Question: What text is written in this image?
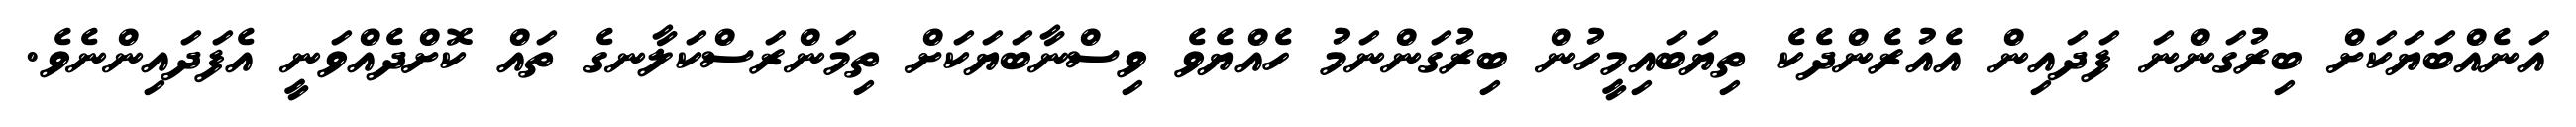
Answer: އަނެއްބަޔަކަށް ބިރުގަންނަ ފަދައިން އެއުރެންދެކެ ތިޔަބައިމީހުން ބިރުގަންނަމު ހެއްޔެވެ ވިސްނާބަޔަކަށް ތިމަންރަސްކަލާނގެ ތައް ކޮށްދެއްވަނީ އެފަދައިންނެވެ.